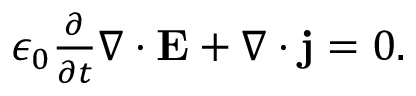
\begin{array} { r } { \epsilon _ { 0 } \frac { \partial } { \partial t } \nabla \cdot \mathbf { E } + \nabla \cdot \mathbf { j } = 0 . } \end{array}